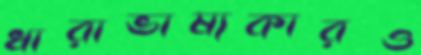
ধারাভাষ্যকারও